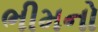
ભીમનો